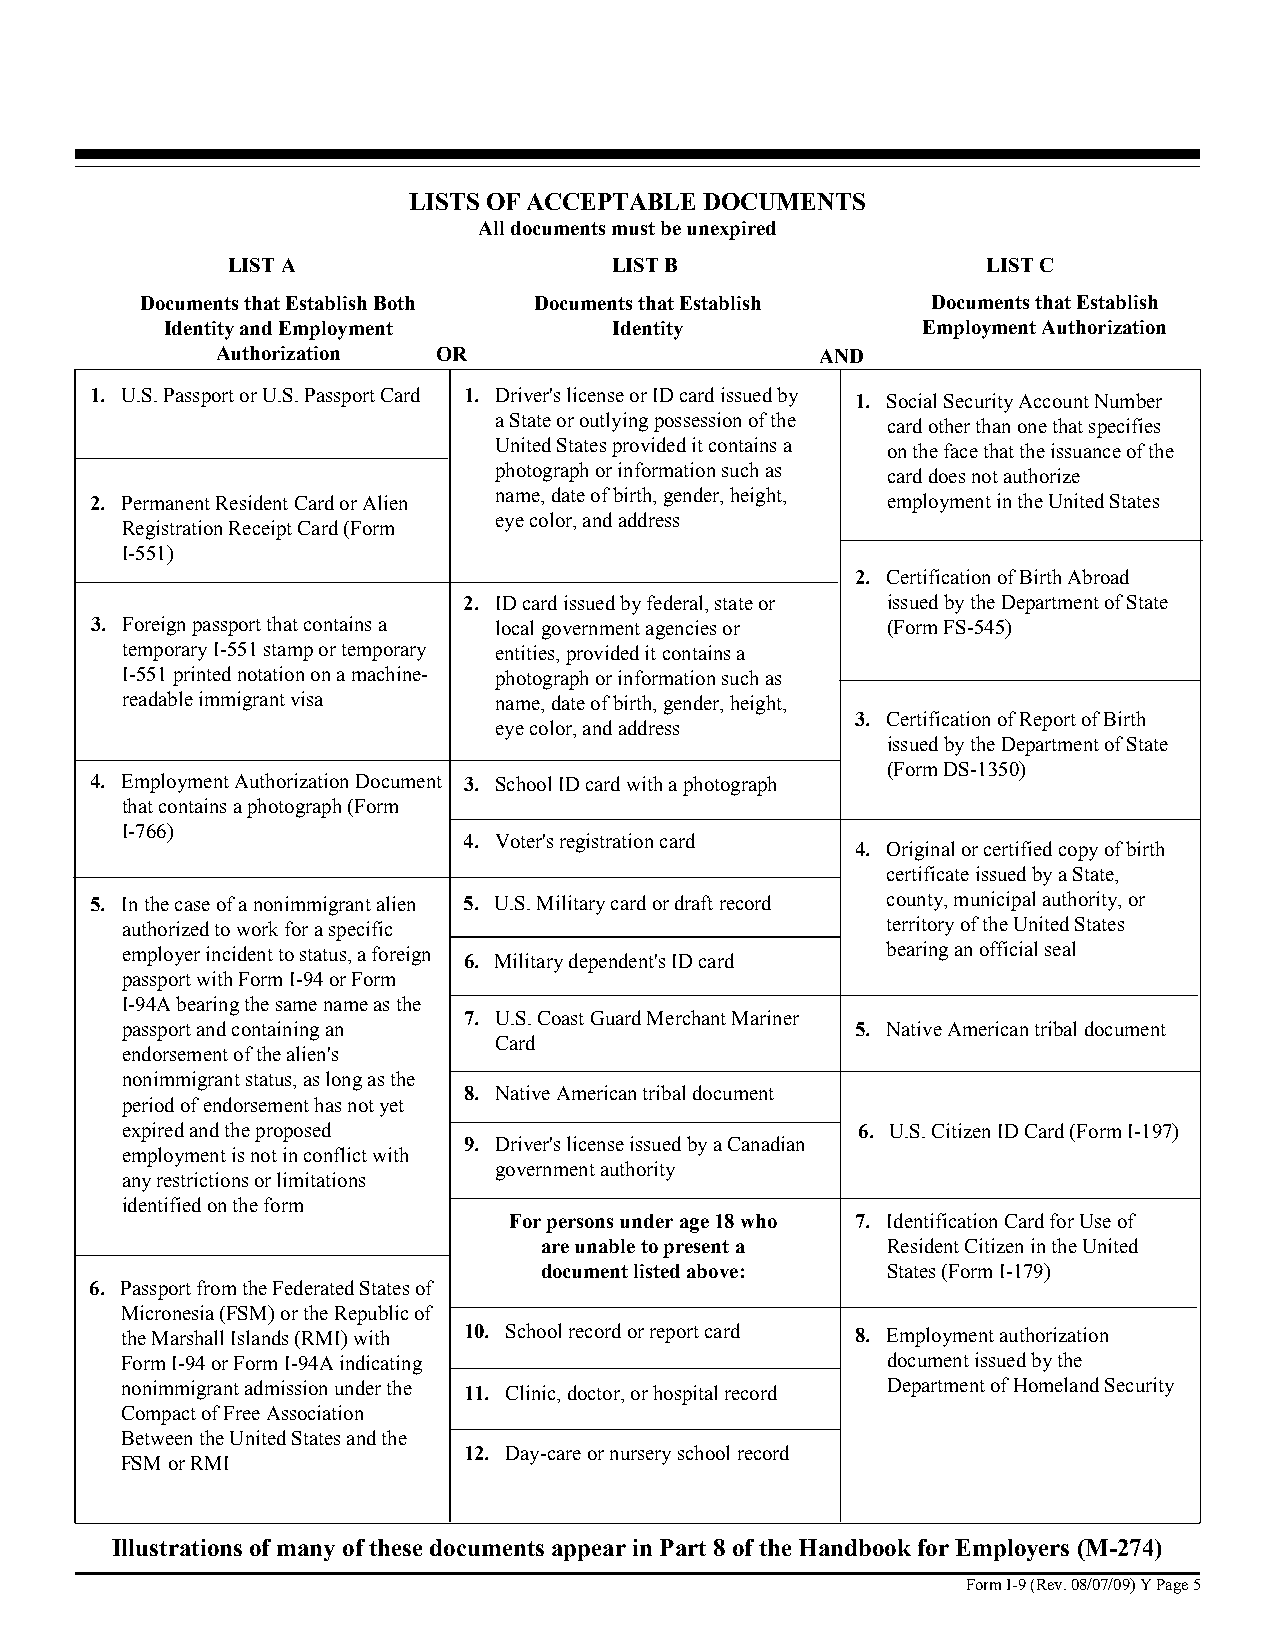
LISTS OF ACCEPTABLE DOCUMENTS
 All documents must be unexpired
 LIST A                   LIST B                   LIST C
 Documents that Establish Both Documents that Establish Documents that Establish
 Identity and Employment       Identity            Employment Authorization
 Authorization  OR                       AND
 1. U.S. Passport or U.S. Passport Card 1. Driver's license or ID card issued by 1. Social Security Account Number
 a State or outlying possession of the card other than one that specifies
 United States provided it contains a on the face that the issuance of the
 photograph or information such as card does not authorize
 2. Permanent Resident Card or Alien name, date of birth, gender, height, employment in the United States
 eye color, and address
 Registration Receipt Card (Form
 I-551)
 2. Certification of Birth Abroad
 2. ID card issued by federal, state or issued by the Department of State
 3. Foreign passport that contains a local government agencies or (Form FS-545)
 temporary I-551 stamp or temporary entities, provided it contains a
 I-551 printed notation on a machine- photograph or information such as
 readable immigrant visa  name, date of birth, gender, height,
 3. Certification of Report of Birth
 eye color, and address
 issued by the Department of State
 (Form DS-1350)
 4. Employment Authorization Document 3. School ID card with a photograph
 that contains a photograph (Form
 I-766)
 4. Voter's registration card
 4. Original or certified copy of birth
 certificate issued by a State,
 5. In the case of a nonimmigrant alien 5. U.S. Military card or draft record county, municipal authority, or
 authorized to work for a specific                  territory of the United States
 employer incident to status, a foreign             bearing an official seal
 6. Military dependent's ID card
 passport with Form I-94 or Form
 I-94A bearing the same name as the
 7. U.S. Coast Guard Merchant Mariner
 passport and containing an                       5. Native American tribal document
 Card
 endorsement of the alien's
 nonimmigrant status, as long as the
 8. Native American tribal document
 period of endorsement has not yet
 expired and the proposed                         6. U.S. Citizen ID Card (Form I-197)
 9. Driver's license issued by a Canadian
 employment is not in conflict with
 government authority
 any restrictions or limitations
 identified on the form
 For persons under age 18 who 7. Identification Card for Use of
 are unable to present a Resident Citizen in the United
 document listed above: States (Form I-179)
 6. Passport from the Federated States of
 Micronesia (FSM) or the Republic of
 the Marshall Islands (RMI) with 10. School record or report card 8. Employment authorization
 Form I-94 or Form I-94A indicating                 document issued by the
 nonimmigrant admission under the 11. Clinic, doctor, or hospital record Department of Homeland Security
 Compact of Free Association
 Between the United States and the
 12. Day-care or nursery school record
 FSM or RMI
 Illustrations of many of these documents appear in Part 8 of the Handbook for Employers (M-274)
 Form I-9 (Rev. 08/07/09) Y Page 5